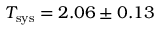
T _ { \mathrm { s y s } } = 2 . 0 6 \pm 0 . 1 3